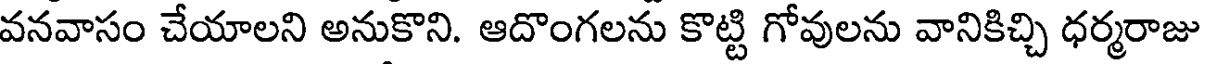
వనవాసం చేయాలని అనుకొని. ఆదొంగలను కొట్టి గోవులను వానికిచ్చి ధర్మరాజు